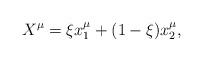
LaTeX: \begin{align*}X^\mu = \xi x{^\mu _1} + (1-\xi)x{^\mu _2},\end{align*}